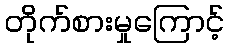
တိုက်စားမှုကြောင့်